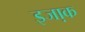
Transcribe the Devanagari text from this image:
इजा़क